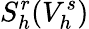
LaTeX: S_{h}^{r}(V_{h}^{s})